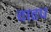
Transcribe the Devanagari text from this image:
वाढप